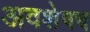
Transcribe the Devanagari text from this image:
अवशेषच